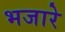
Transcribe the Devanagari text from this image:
भजारे